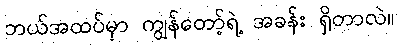
ဘယ်အထပ်မှာ ကျွန်တော့်ရဲ့ အခန်း ရှိတာလဲ။